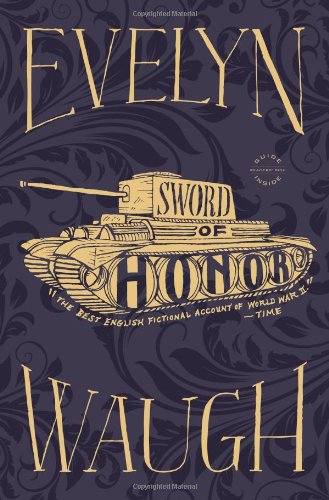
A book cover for Sword of Honor; Evelyn Waugh; Literature & Fiction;